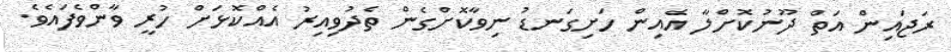
ރަޖައިން އަތް ދޫނުކޮށްލާ އެއިން ހަށިގަނޑު ނިވާކޮށްގެން ތެދުވިއިރު އެއްކޮޅަށް ހުރީ ވާންވެފައެވެ.